Indian Medical Review
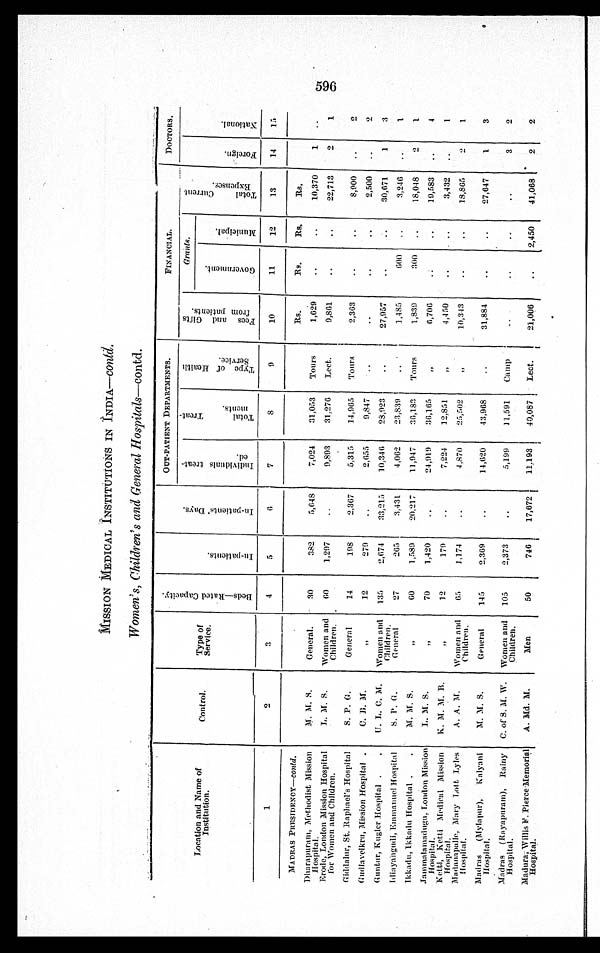
MISSION MEDICAL INSTITUTIONS IN INDIA— contd.
W o m e n ' s , C h i l d r e n ' s a n d G e n e r a l H o s p i t a l s — c o n t d .
Location and Name of
Institution.
Control.
Type of
Service.
B e d s — R a t e d C a p a c i t y .
I n - p a t i e n t s .
I n - p a t i e n t s ' D a y s .
OUT-PATIENT DEPARTMENTS.
FINANCIAL.
DOCTORS.
I n d i v i d u a l s t r e a t e d .
T o t a l T r e n t m e n t s .
T y p e o f H e a l t h S e r v i c e .
F e e s a n d G i f t s
f r o m p a t i e n t s .
Grants.
T o t a l C u r r e n t E x p e n s e s .
F o r e i g n .
N a t i o n a l .
G o v e r n m e n t .
M u n i c i p a l .
1
2
3
4
5
6
7
8
9
10
11
12
13
14
15
MADRAS PRESIDENCY-contd.
Rs.
Rs.
Rs.
Rs.
Dharapuram, Methodist Mission
Hospital
M. M. S.
General.
30
382
5,648
7,024 31,053 Tours
1,629
10,370
1
Erode, London Mission Hospital
for Women and Children.
L. M. S.
Women and
Children.
6 0
1,297
9,893 31,276 Lect.
9,861
22,713
2
1
Giddalur, St. Raphael's Hospital
S. P. G.
General
14
198
2,367
5,315
14,965 Tours
2,363
8,900
2
Gudlavelkru, Mission Hospital
C. B. M.
" 12
279
2,655
9,847
2,500
2
Guntur, Kugler Hospital U. L. C. M. Women and
Children.
135
2,674
33,215
10,346
28,923
27,957
30,671
1
3
Idiayangudi, Emmanuel Hospital
S. P. G.
General
27
265
3,431
4,062
23,839
1,485
600
3,246
1
Ikkadu,Ikkadu Hospital
M. M. S.
" 60
1,589
20,217
11,947
36,183 Tours
1,839
300
18,048
2
1
Jammalamadugu, London Mission Hospital. L. M. S.
" 70
1,420
24,919 36,165
"
6,706
19,583
4
K e t t i , K e t t i M e d i c a l M i s s i o n
Hospital
K. M. M. B.
" 12
179
7,224 12,851
"
4,450
3,432
1
Madanapalle, Mary Lott Lyles
Hospital.
A. A. M.
Women and
Children.
65
1,174
4,870
25,502
"
10,343
18,865
2
1
Madras (Mylapur), Kalyani
Hospital.
M. M. S.
General
145
2,369
14,620 43,968
31,884
27,647
1
3
Madras (Rayapuram), Rainy
Hospital.
C. of S. M. W. Women and
Children.
105
2,373
5,199
11,591 Camp
3
2
Madura, Willis F. Pierce Memorial
Hospital.
A. Md. M.
Men
50
746
17,672
11,193 40,087
L e c t .
21,006
2,450
41,068
2
2
596